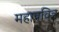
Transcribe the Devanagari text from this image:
महापवित्र